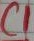
Text: C1